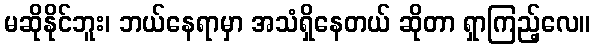
မဆိုနိုင်ဘူး၊ ဘယ်နေရာမှာ အသံရှိနေတယ် ဆိုတာ ရှာကြည့်လေ။